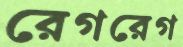
রেগরেগ